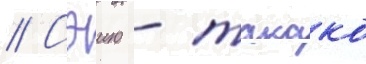
// Сэию - такако